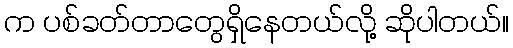
က ပစ်ခတ်တာတွေရှိနေတယ်လို့ ဆိုပါတယ်။